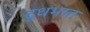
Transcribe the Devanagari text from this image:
दूधभात